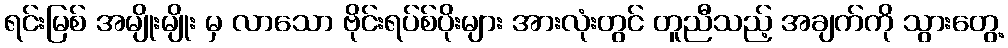
ရင်းမြစ် အမျိုးမျိုး မှ လာသော ဗိုင်းရပ်စ်ပိုးများ အားလုံးတွင် တူညီသည့် အချက်ကို သွားတွေ့